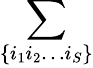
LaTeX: \sum_{\lbrace i_{1}i_{2}\ldots i_{S}\rbrace}